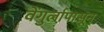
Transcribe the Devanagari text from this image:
वेंगुर्लापासून